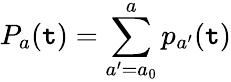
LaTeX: P_{a}(\mathtt{t})=\sum_{a^{\prime}=a_{0}}^{a}p_{a^{\prime}}(\mathtt{t})